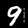
Digit: 9